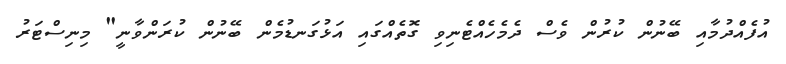
އުފެއްދުމާއި ބޭނުން ކުރުން ވެސް ދެމެހެއްޓެނިވި ގޮތެއްގައި އަޅުގަނޑުމެން ބޭނުން ކުރަންވާނީ" މިނިސްޓަރު